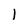
Character: 1